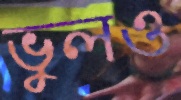
ভুলও